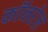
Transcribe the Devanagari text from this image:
कॉनरेल